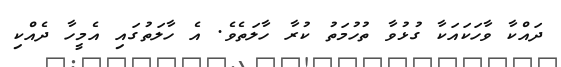
ދައްކާ ވާހަަކައަކާ ގުޅުވާ ތުހުމަތު ކުރާ ހާލަތެވެ. އެ ހާލަތުގައި އެމީހާ ދެއްކި